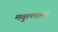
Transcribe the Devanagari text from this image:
मवुल्लाम्मा